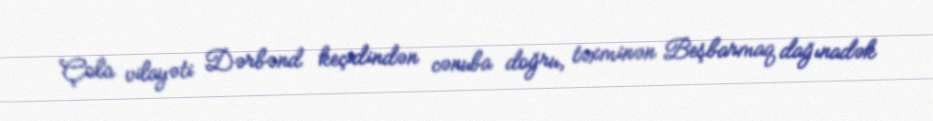
Çola vilayəti Dərbənd keçidindən cənuba doğru, təxminən Beşbarmaq dağınadək